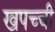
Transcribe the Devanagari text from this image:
खपच्ची